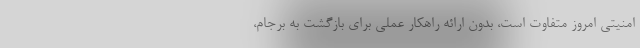
امنیتی امروز متفاوت است، بدون ارائه راهکار عملی برای بازگشت به برجام،